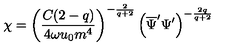
\chi = \left( \frac { C ( 2 - q ) } { 4 \omega u _ { 0 } m ^ { 4 } } \right) ^ { - \frac { 2 } { q + 2 } } \left( \overline { { \Psi } } ^ { \prime } \Psi ^ { \prime } \right) ^ { - \frac { 2 q } { q + 2 } }